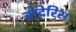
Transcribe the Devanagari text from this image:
ब्रोदेरिस